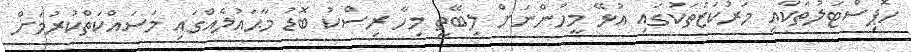
ހޮޕިސްޓަލުތަކާއި މަރުކަޒުތަކުގައި އުޅޭ މީހުންނަށް ލިބޭތީ މިހާ ރިސްކު ބޮޑު މާޙައުލެއްގައި މަސައްކަތްކުރުމަށް